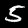
Digit: 5